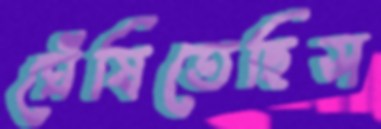
ঘেঁষিতেছিস